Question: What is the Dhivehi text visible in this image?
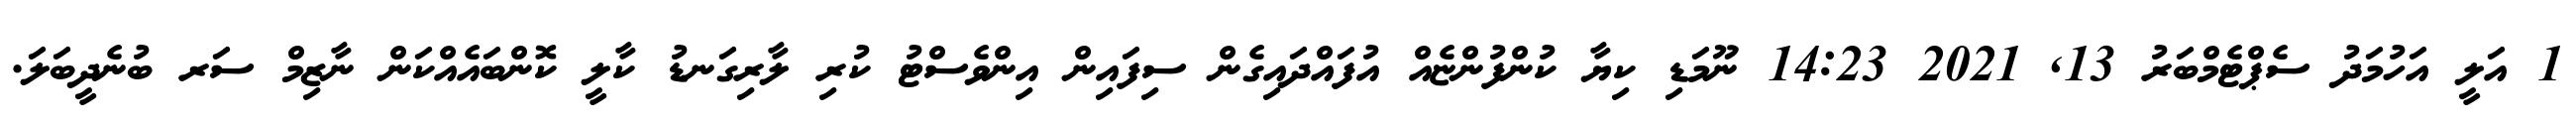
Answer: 1 އަލީ އަހުމަދު ސެޕްޓެމްބަރު 13, 2021 14:23 ނޫމަޑި ކިޔާ ކުންފުންޏެއް އުފައްދައިގެން ސިފައިން އިންވެސްޓު ކުރި ލާރިގަނޑު ކާލީ ކޮންބައެއްކަން ނާޒިމް ސަރ ބުނެދީބަލަ.